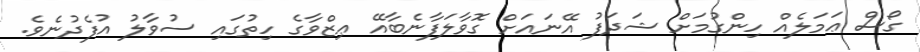
ގޯސް ޢަމަލެއް ހިންގުމަށް ޝަދަފު އޭނައަށް ގޮވާލަފާނެބާއޭ ޢިޒްވާގެ ހިތުގައި ސުވާލު އުފެދުނެވެ.